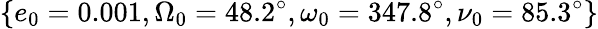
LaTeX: \{ e_{0}=0.001,\Omega_{0}=48.2^{\circ},\omega_{0}=347.8^{\circ},\nu_{0}=85.3^{\circ}\}